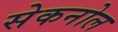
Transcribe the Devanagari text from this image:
सेकनोल